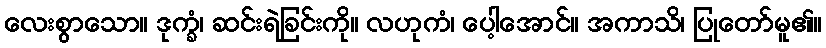
လေးစွာသော။ ဒုက္ခံ၊ ဆင်းရဲခြင်းကို။ လဟုကံ၊ ပေါ့အောင်။ အကာသိ၊ ပြုတော်မူ၏။